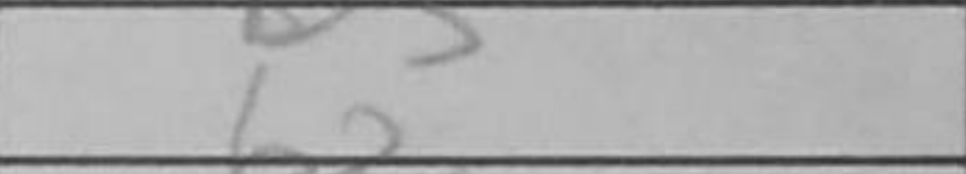
Transcription: b2